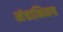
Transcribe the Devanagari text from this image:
मंचाभिनय